Alphabetical list of drugs, medicines and other preparations free from, and containing, spirit compiled from the results of tests made by the customs houses at Calcutta, Bombay, and Madras
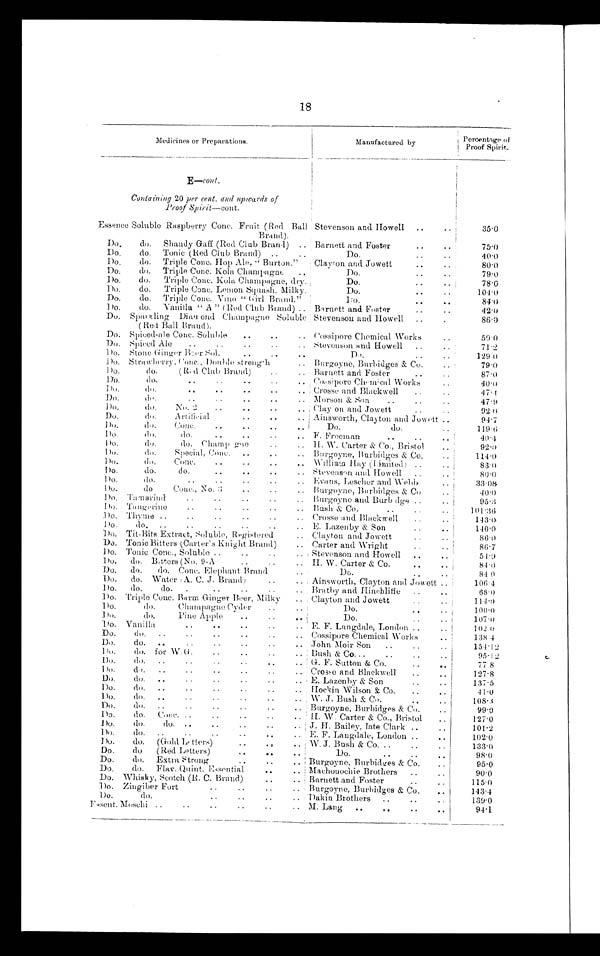
18
Medi ci nes or Preparat i ons.
Manufactured by
Percent
a g e o f P r o o f S p i r i t
.
E — c o n t .
Containing 20 per cent. and upwards of
Proof Spirit—cont.
Essence Soluble Raspberry Conc. F r u i t . ( R e d
B a l l
Brand).
Stevenson and Howell
, . . .
35.0
Do. Do. Shandy Gaff (Red Club Brand) .. Barnett and Foster
.. ..
75.0
Do. Do. Tonic (Red Club Brand) .. ..
Do. .. ..
40.0
Do.
Do.
Triple Conc. Hop Ale, " Burton."
Clayton and Jowett
. . . .
80.0
Do. Do. Triple Conc. Kola Champagne ..
Do. ..
79.0
Do.
Do.
Triple Conc. Kola Champagne, dry. Do.
..
..
78.0
Do.
Do.
Triple Conc. Lemon Squash, Milky.
Do. .. ..
104.0
Do.
Do.
Triple Conc. Vmo " Girl Brand.''
Do. . .
84.0
Do.
Do.
Vanilla " A " (Red Club Brand) .. Barnett and Foster
..
42.0
Do.
Sparkling Diamond Champagne Soluble
(Red Ball Brand).
Stevenson and Howell
..
.
86.0
Do.
Spiced-ale Conc. Soluble .. .. ..
Cossipore Chemical Works
..
59.0
Do.
Spiced Ale
..
..
..
..
.. Stevenson and Howell
..
. .
71.2
Do.
Stone Ginger Beer Sol.
..
..
..
Do.
..
. .
129 0
Do.
Strawberry, Conc., Double strength
Burgoyne, Burbidges & Co.
79.0
Do.
do.
(Red Club Brand)
.. Barnett and Foster
..
..
87.0
Do.
Do.
..
..
. Cossipore chemical Works ..
40.0
Do.
do.
..
..
..
.. Crosse and Blackwell
..
47.4
Do.
do. .. .. .. ..
Morson & Son
..
..
..
47.9
Do.
do.
No. 2
..
. . ..
Clay on and Jowett . . ..
92 0
Do.
do. Artificial ..
Ainsworth, Clayton and Jowett ..
94.7
Do.
do. Conc. .. .. ..
Do.
do.
..
119.6
Do.
do. do. .. .. ..
F. Freeman . . . . ..
4 0 . 4
Do.
do. do. Champ gne ..
H. W. Carter & Co., Bristol
..
92.0
Do.
do. Special, Conc. , . . , ..
Burgoyne, Burbidges & Co.
..
114.0
Do.
do.
Conc.
..
..
..
. . William Hay (Limited) ..
..
83.0
Do.
do. do. . . .. ..
Stevenson and Howell
.
80.0
Do.
do. .. .. .. ..
Evans, Lescher and Webb
..
33.08
Do.
do Conc., No.3 .. .. ..
Burgoyne, Burbidges & Co
..
4 0 . 0
Do.
Tamarind .. .. .. ..
Burgoyne and Burbidge ..
..
95.3
Do.
Tangerine .. . . .. .. ..
Bush & Co.
..
..
..
1 0 1 . 3 6
Do.
Thyme .. .. .. .. ..
Crosse and Blackwell
..
143.0
Do.
do.
..
..
..
..
..
.. E. Lazenby & Son
. . ..
140.0
Do.
Tit-Bits Extract, Soluble, Registered ..
Clayton and Jowett
..
..
86.0
Do.
Tonic Bitters (Carter's Knight Brand) ..
Carter and Wright
86.7
Do.
Tonic Conc., Soluble .. .. .. ..
Stevenson and Howell
..
..
54.9
Do.
do. Bitters (No. 9-A . .. .. ..
H. W. Carter & Co.
..
..
84.0
Do.
do. do. Conc. Elephant Brand
Do.
..
. .
84 0
Do.
do. Water (A. C. J. Brand) .. ..
Ainsworth, Clayton and Jowett ..
106.4
Do.
do.
do.
. . . . . . . ..
Bratby and Hinchliffe
..
..
68.0
Do.
Triple Conc. Barm Ginger Beer, Milky ..
Clayton and Jowett
..
..
114.0
Do.
do. Champagne Cyder ..
Do. , .
100.0
Do.
do. Pine Apple .. ..
Do. ..
107.0
Do.
Vanilla
..
..
..
.
E F. Langdale, London ..
102.0
Do.
do.
..
..
..
.. Cossipore Chemical Works
..
138 4
Do.
do. .. .. .. .. .. ..
John Moir Son
..
..
154.12
Do.
do. for W. G. .. .. .. ..
Bush & Co...
..
..
95.12
Do.
do.
..
..
..
..
..
.. G. F. Sutton & Co. .. ..
77 8
Do.
do. .. . . . . . . . . ..
Crosse and Blackwell
..
..
127.8
Do.
do.
..
..
..
..
..
.. E. Lazenby & Son
..
..
137.5
Do.
do.
..
..
..
..
..
. . Hockin Wilson & Co.
... .
41.0
Do.
do.
..
. . . . . . ..
W. J. Bush & Co.
..
.. 108.3
Do.
do.
..
..
..
..
..
.. Burgoyne, Burbidges & Co.
..
99.0
Do.
do.
Conc. ..
..
..
..
.. H. W. Carter & Co., Bristol
..
127.0
Do.
do.
do. ..
. . . . . . ..
J. H. Bailey, late Clark .. ..
101.2
Do.
do.
..
..
..
..
.. E. F. Langdale, London .. ..
102.0
Do.
do.
(Gold Letters)
..
. , ..
W. J. Bush & Co. .. .. ..
133.0
Do.
do
(Red Letters)
. . . .
.
Do.
..
..
98.0
Do.
do. Extra Strong .. ..
Burgoyne, Burbidges & Co. ..
95.0
Do.
do. Flav. Quint. Essential ..
Machouochie Brothers
....
90.0
Do.
Whisky, Scotch (R. C. Brand) .. ..
Barnett and Foster
..
..
115.0
Do.
Zingiber Fort . . . . . . ..
Burgoyne, Burbidges & Co.
..
143.4
Do.
do. . . .. ..
Dakin Brothers
..
..
139.0
Essent. Moschi ..
..
..
..
..
. . M. Lang
..
..
..
. .
94.1